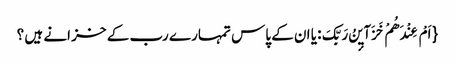
{ اَمْ عِنْدَهُمْ خَزَآیٕنُ رَبِّکَ: یا ان کے پاس تمہارے رب کے خز انے ہیں ؟